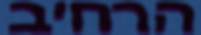
הרחיב